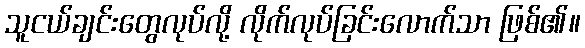
သူငယ်ချင်းတွေလုပ်လို့ လိုက်လုပ်ခြင်းလောက်သာ ဖြစ်၏။